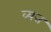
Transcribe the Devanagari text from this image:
व्यत्त